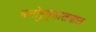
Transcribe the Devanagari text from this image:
मनोरुग्णालयात